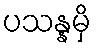
ပသန္နမှိ